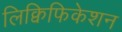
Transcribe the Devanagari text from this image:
लिक्विफिकेशन